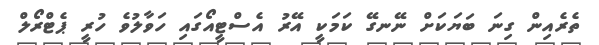
ތެރެއިން ގިނަ ބަޔަކަށް ނޭނގޭ ކަމަކީ އޭރު އެސްޓީއޯގައި ހަވާލުވެ ހުރީ ޕެޓްރޯލް